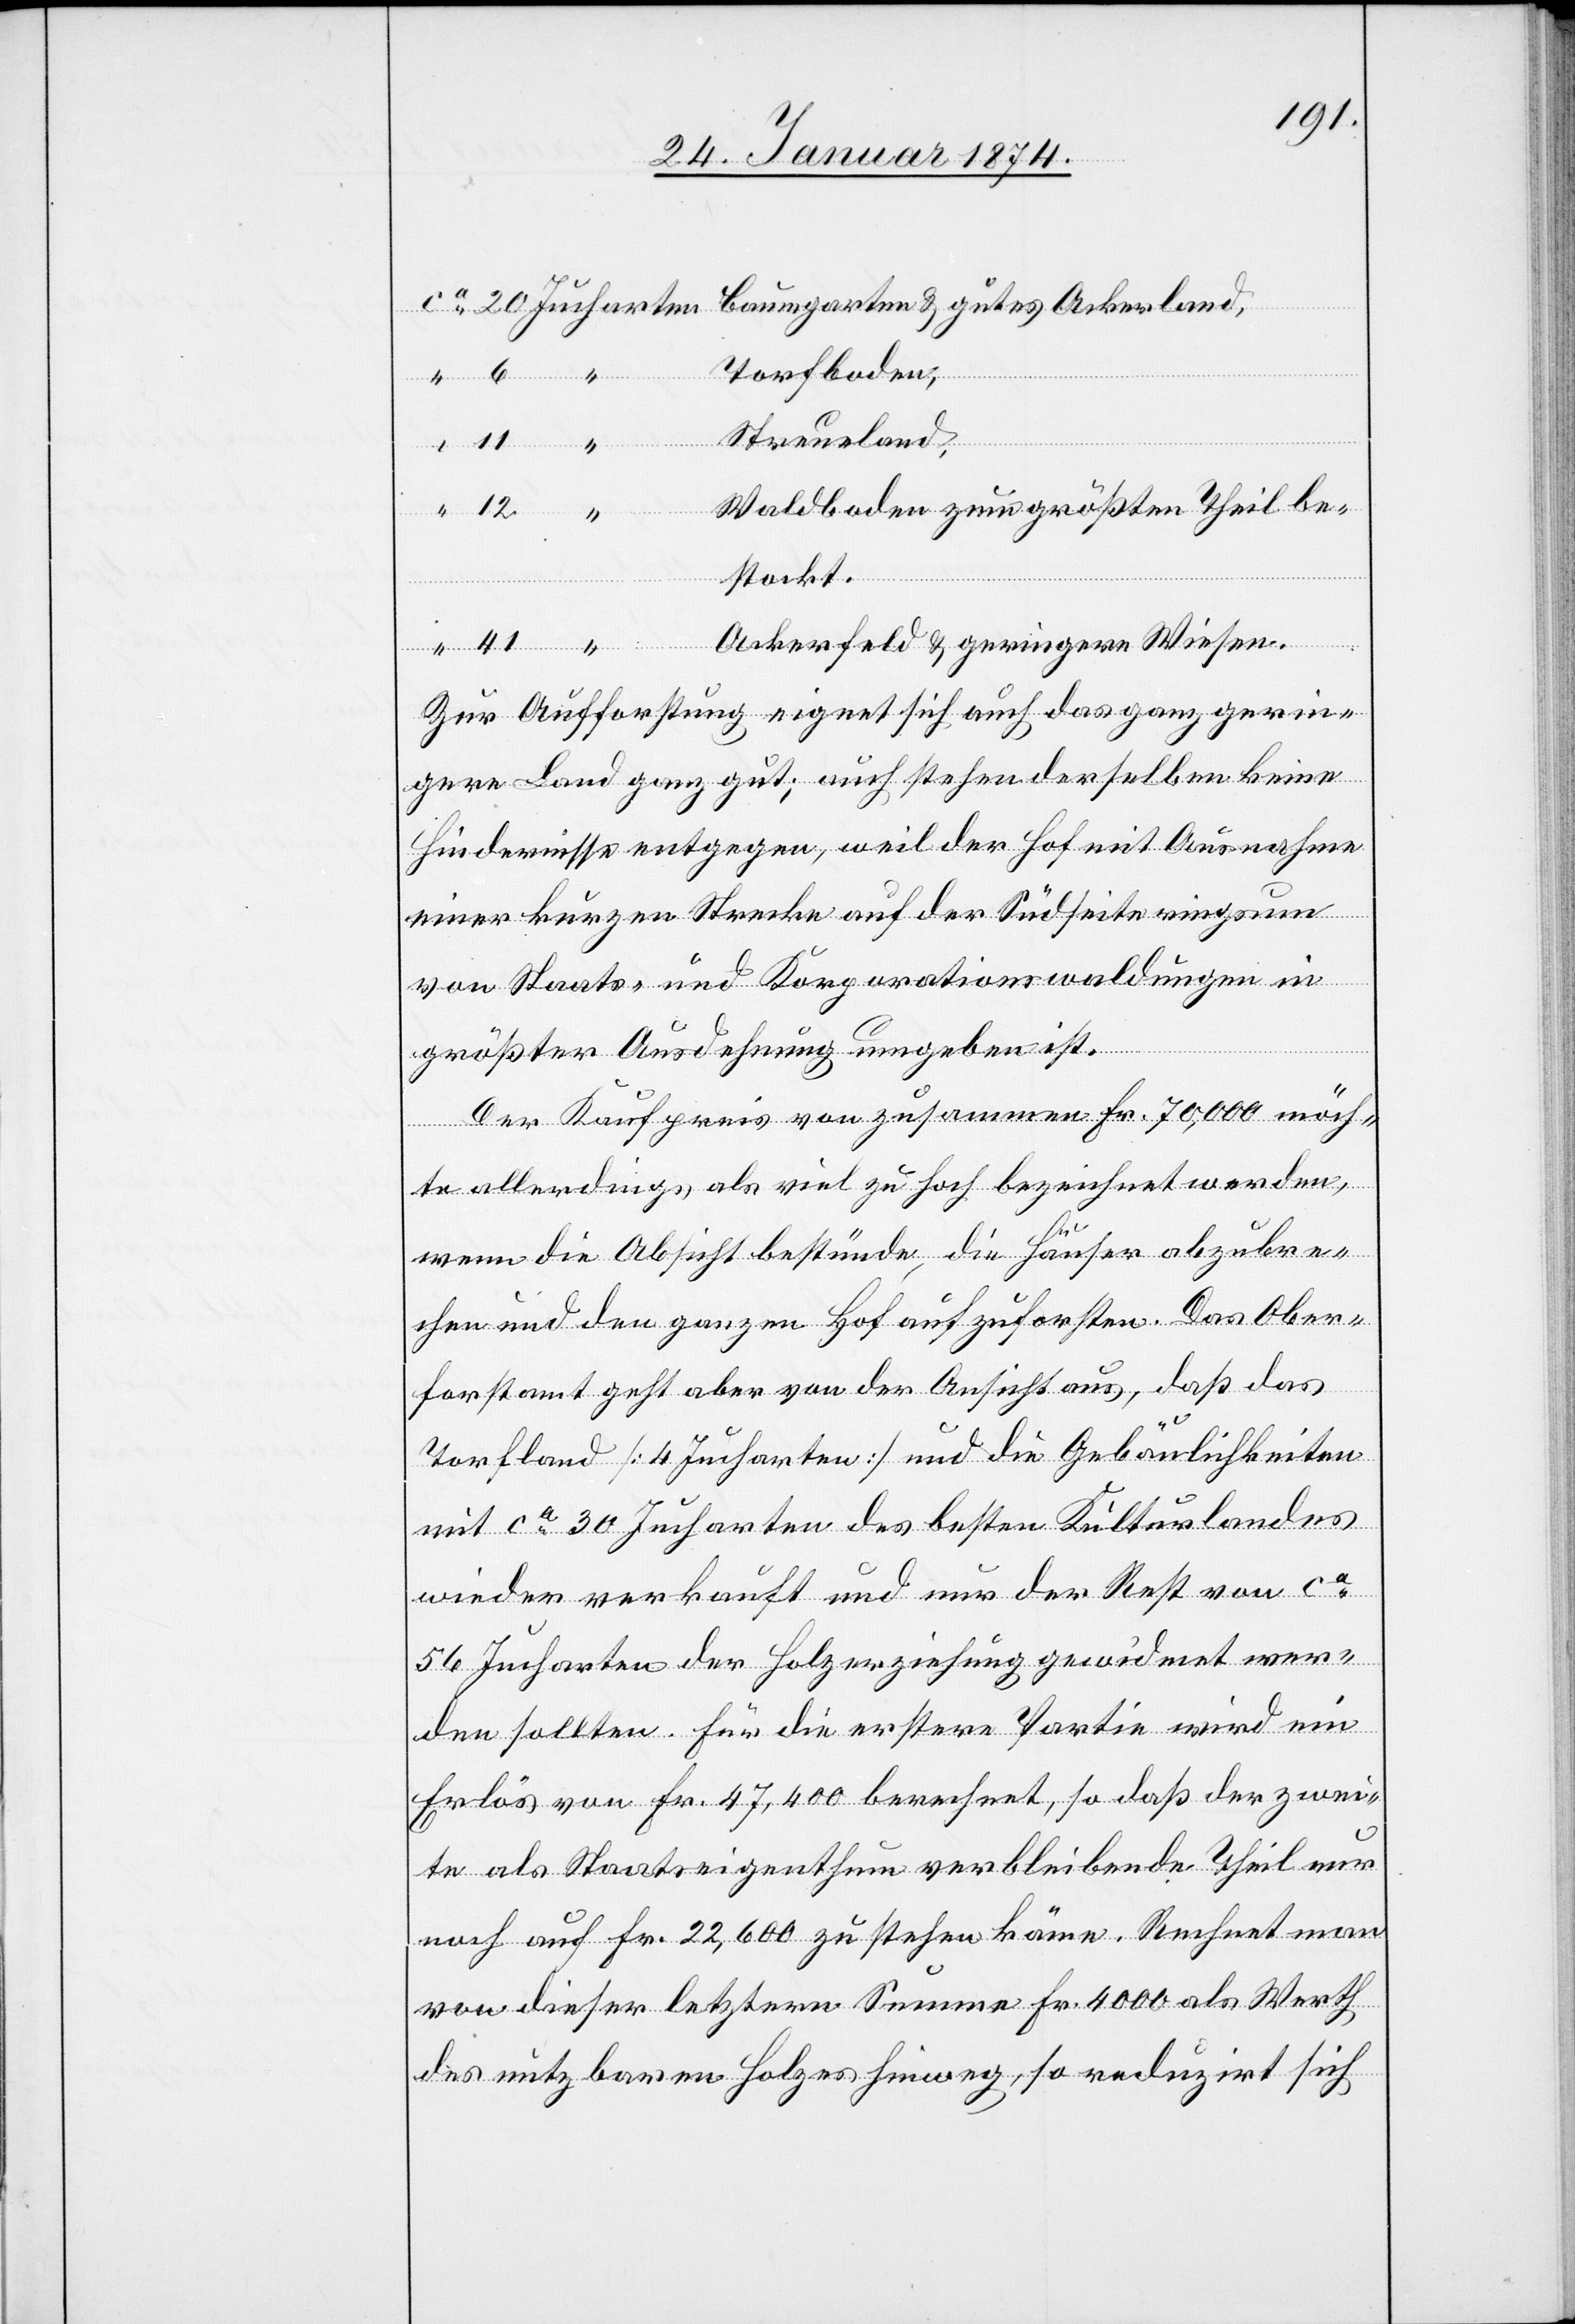
Torfboden,
Streueland,
Waldboden zum größten Theil be¬
stockt.
Ackerfeld & geringere Wiesen.
Zur Aufforstung eignet sich auch das ganz gerin¬
gere Land ganz gut; auch stehen derselben keine
Hindernisse entgegen, weil der Hof mit Ausnahme
einer kurzen Strecke auf der Südseite ringsum
von Staats- und Korporationswaldungen in
größter Ausdehnung umgeben ist.
Der Kaufpreis von zusammen Fr. 70,000 möch¬
te allerdings als viel zu hoch bezeichnet werden,
12
wenn die Absicht bestünde, die Häuser abzubre¬
chen und den ganzen Hof aufzuforsten. Das Ober¬
mit
forstamt geht aber von der Ansicht aus, daß das
Torfland [4 Jucharten] und die Gebäulichkeiten
56 Jucharten der Holzerziehung gewidmet wer¬
den sollten. Für die erstere Partie wird ein
Erlös von Fr. 47,400 berechnet, so daß der zwei¬
te als Staatseigenthum verbleibende Theil nur
noch auf Fr. 22,600 zu stehen käme. Rechnet man
von dieser letztern Summe Fr. 4000 als Werth
des nutzbaren Holzes hinweg, so reduzirt sich